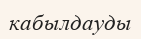
кабылдауды